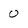
Character: 0